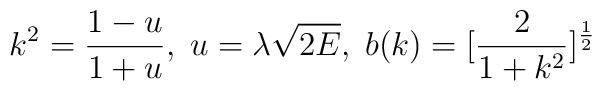
k^2 =\frac{1-u}{1+u}, \; u=\lambda \sqrt{2E},\;  b(k) =[\frac{2}{1+k^2}]^{\frac{1}{2}}